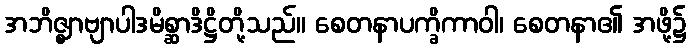
အဘိဇ္ဈာဗျာပါဒမိစ္ဆာဒိဋ္ဌိတို့သည်။ စေတနာပက္ခိကာဝါ၊ စေတနာ၏ အဖို့၌